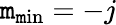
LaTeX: \mathtt{m}_{\mathrm{{\mathtt{m}in}}}=-j